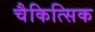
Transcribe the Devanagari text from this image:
चैकित्सिक